Report of the King Institute of Preventive Medicine, Guindy
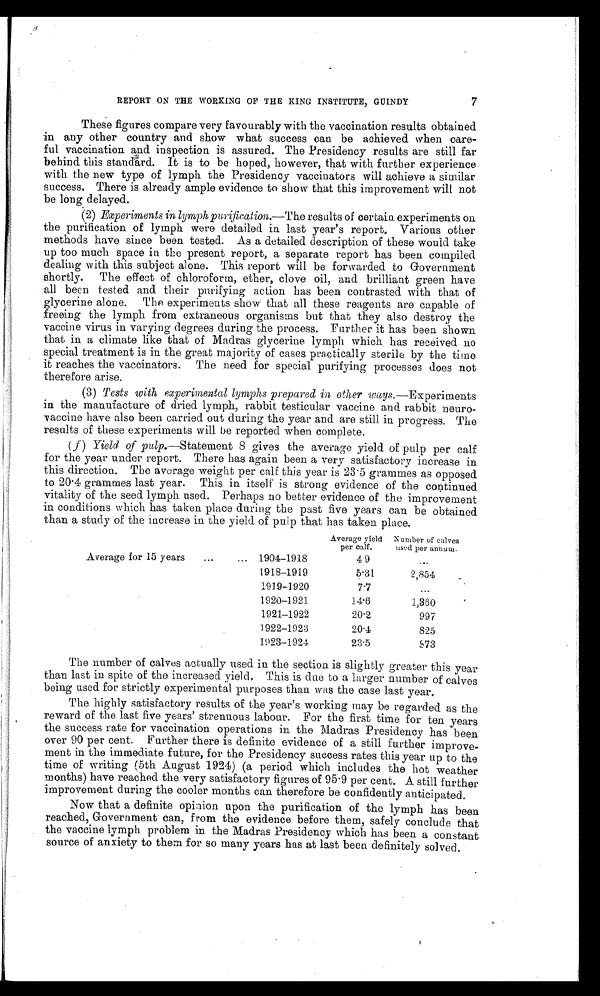
7
REPORT ON THE WORKING OF THE KING INSTITUTE, GUINDY
These figures compare very favourably with the vaccination results obtained
in any other country and show what success can be achieved when care–-
ful vaccination and inspection is assured. The Presidency results are still far
behind this standard. It is to be hoped, however, that with further experience
with the new type of lymph the Presidency vaccinators will achieve a similar
success. There is already ample evidence to show that this improvement will not
be long delayed.
(2) Experiments in lymph purification.—The results of certain experiments on
the purification of lymph were detailed in last year’s report. Various other
methods have since been tested. As a detailed description of these would take
up too much space in the present report, a separate report has been compiled
dealing with this subject alone. This report will be forwarded. to Government
shortly. The effect of chloroform, ether, clove oil, and brilliant green have
all been tested and their purifying action has been contrasted with that of
glycerine alone. The experiments show that all these reagents are capable of
freeing the lymph from extraneous organisms but that they also destroy the
vaccine virus in varying degrees during the process. Further it has been shown
that in a climate like that of Madras glycerine lymph which has received no
special treatment is in the great majority of cases practically sterile by the time
it reaches the vaccinators. The need for special purifying processes does not
therefore arise.
(3) Tests with experimental lymphs prepared in other ways. —Experiments
in the manufacture of dried lymph, rabbit testicular vaccine and rabbit neuro-
vaccine have also been carried out during the year and are still in progress. The
results of these experiments will be reported when complete.
(f) Yield of pulp.—Statement 8 gives the average yield of pulp per calf
for the year under report. There has again been a very satisfactory increase in
this direction. The average weight per calf this year is 23.5 grammes as opposed
to 20.4 grammes last year. This in itself is strong evidence of the continued
vitality of the seed lymph used. Perhaps no better evidence of the improvement
in conditions which has taken place during the past five years can be obtained
than a study of the increase in the yield of pulp that has taken place.
Average yield
per calf.
Number of calves
used per annum.
Average for 15 years
...
... 1904-1918
4.9
...
1918-1919
5.31.
2,854
_
1919-1920
7-7
...
1920-1921
14.6
1,360
1921-1922
20.2
997
1922-1923
20.4
825
1923-1924
23.5
873
The number of calves actually used in the section is slightly greater this year
than last in spite of the increased yield. This is due to a larger number of calves
being used for strictly experimental purposes than was the case last year.
The highly satisfactory results of the year’s working may be regarded as the
reward of the last five years’ strenuous labour. For the first time for ten years
the success rate for vaccination operations in the Madras Presidency has been
over 90 per cent. Further there is definite evidence of a still further improve-
ment in the immediate future, for the Presidency success rates this year up to the
time of writing (5th August 1924) (a period which includes the hot weather
months) have reached the very satisfactory figures of 95.9 per cent. A still further
improvement during the cooler months can therefore be confidently anticipated.
Now that a definite opinion upon the purification of the lymph has been
reached, Government can, from the evidence before them, safely conclude that
the vaccine lymph problem in the Madras Presidency which has been a constant
source of anxiety to them for so many years has at last been definitely solved.